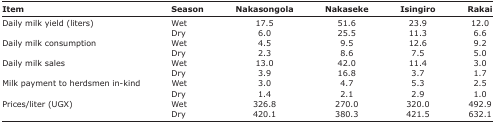
<table><thead><tr><td><b>Item</b></td><td><b>Season</b></td><td><b>Nakasongola</b></td><td><b>Nakaseke</b></td><td><b>Isingiro</b></td><td><b>Rakai</b></td></tr></thead><tbody><tr><td rowspan="2">Daily milk yield (liters)</td><td>Wet</td><td>17.5</td><td>51.6</td><td>23.9</td><td>12.0</td></tr><tr><td>Dry</td><td>6.0</td><td>25.5</td><td>11.3</td><td>6.6</td></tr><tr><td rowspan="2">Daily milk consumption</td><td>Wet</td><td>4.5</td><td>9.5</td><td>12.6</td><td>9.2</td></tr><tr><td>Dry</td><td>2.3</td><td>8.6</td><td>7.5</td><td>5.0</td></tr><tr><td rowspan="2">Daily milk sales</td><td>Wet</td><td>13.0</td><td>42.0</td><td>11.4</td><td>3.0</td></tr><tr><td>Dry</td><td>3.9</td><td>16.8</td><td>3.7</td><td>1.7</td></tr><tr><td rowspan="2">Milk payment to herdsmen in-kind</td><td>Wet</td><td>3.0</td><td>4.7</td><td>5.3</td><td>2.5</td></tr><tr><td>Dry</td><td>1.4</td><td>2.1</td><td>2.9</td><td>1.0</td></tr><tr><td rowspan="2">Prices/liter (UGX)</td><td>Wet</td><td>326.8</td><td>270.0</td><td>320.0</td><td>492.9</td></tr><tr><td>Dry</td><td>420.1</td><td>380.3</td><td>421.5</td><td>632.1</td></tr></tbody></table>